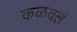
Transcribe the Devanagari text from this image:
कळवलं